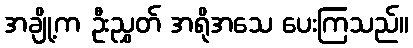
အချို့က ဦးညွှတ် အရိုအသေ ပေးကြသည်။